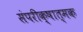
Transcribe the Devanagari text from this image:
संपरीक्षात्मक